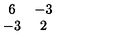
\begin{array} { c c } { 6 } & { - 3 } \\ { - 3 } & { 2 } \\ \end{array}